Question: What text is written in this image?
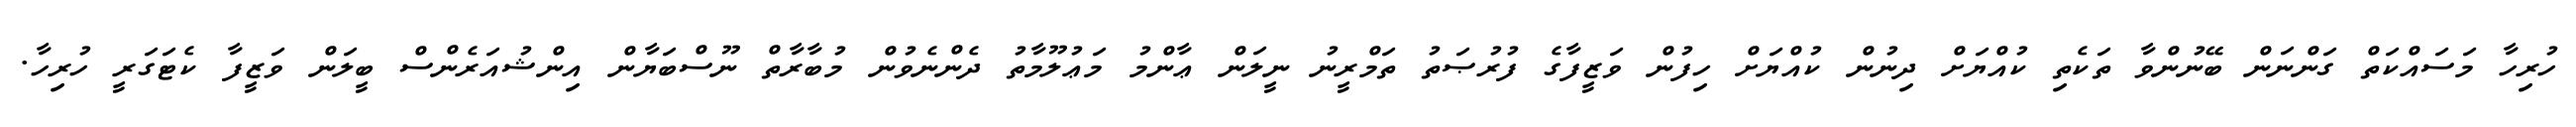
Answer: ހުރިހާ މަސައްކަތް ގަންނަން ބޭނުންވާ ތަކެތި ކުއްޔަށް ދިނުން ކުއްޔަށް ހިފުން ވަޒީފާގެ ފުރުޞަތު ތަމްރީނު ނީލަން ޢާންމު މަޢުލޫމާތު ދެންނެވުން މުބާރާތް ނޫސްބަޔާން އިންޝުއަރެންސް ބީލަން ވަޒީފާ ކެޓަގަރީ ހުރިހާ.